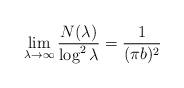
LaTeX: \begin{align*} \lim_{\lambda\rightarrow\infty}\frac{N(\lambda)}{\log^{2}\lambda}=\frac{1}{(\pi b)^{2}}\end{align*}